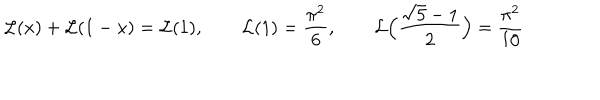
LaTeX: { \cal L } ( x ) + { \cal L } ( 1 - x ) = { \cal L } ( 1 ) , \qquad { \cal L } ( 1 ) = { \frac { \pi ^ { 2 } } { 6 } } , \qquad { \cal L } \Big ( { \frac { \sqrt { 5 } - 1 } { 2 } } \Big ) = { \frac { \pi ^ { 2 } } { 1 0 } }